Report on the working of the Ranchi Indian Mental Hospital, Kanke, in Bihar and Orissa - 1930-1940
Year: 1930
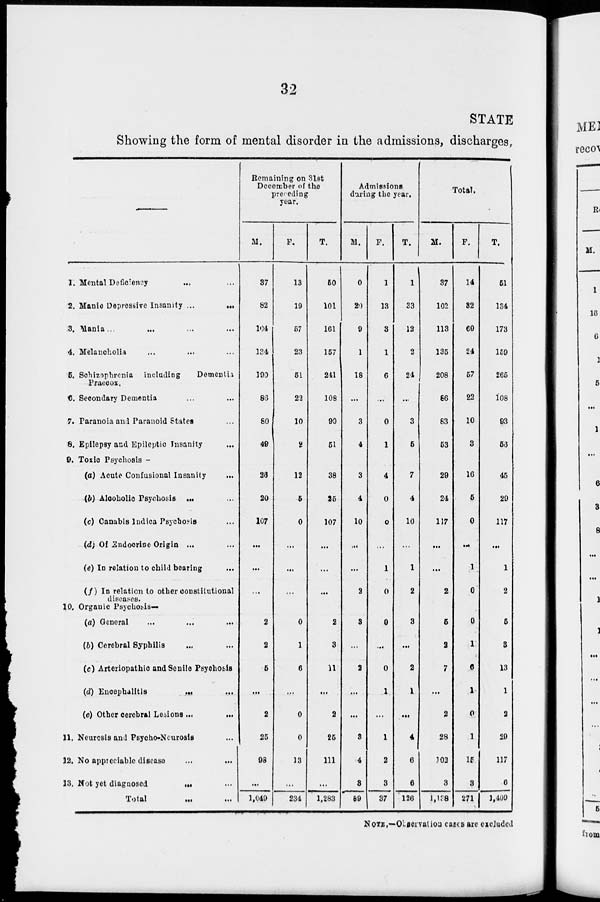
32
STATE
Showing the form of mental disorder in the admissions, discharges,
1. Mental Deficieney ... ...
2. Manie Depressive Insanity ...
...
3. Mania ... ... ... ...
4. Melancholia ... ... ...
5. Schizophrenia
including
Dementia
Præcox.
6. Secondary Dementia ... ...
7. Paranoia and Paranoid States ...
8. Epilepsy and Epileptic Insanity ...
9. Toxic Psychosis —
(a) Acute Confusional Insanity ...
(b) Alcoholic Psychosis ... ...
(c) Canabis Indica Psychosis ...
(d) Of Endocrine Origin ... ...
(e) In relation to child bearing ...
(f) In relation to other constitutional
diseases.
10. Organic Psychosis—
(a) General ... ... ...
(b) Cerebral Syphilis ... ...
(c) Arteriopathic and Senile Psychosis
(d) Encephalitis
...
...
(e) Other cerebral Lesions ... ...
11. Neurosis and Psycho-Neurosis ...
12. No appreciable disease ... ...
13. Not yet diagnosed
...
...
Total ... ...
Remaining on 31st
December of the
preceding
year.
M.
37
82
104
134
190
83
80
49
26
20
107
...
...
...
2
2
5
...
2
25
98
...
1,049
F.
13
19
57
23
51
22
10
2
12
5
0
...
...
...
0
1
6
...
0
0
13
...
234
T.
50
101
161
157
241
108
90
51
38
25
107
...
...
...
2
3
11
...
2
25
111
...
1,283
Admissions
during the year.
M.
0
20
9
1
18
...
3
4
3
4
10
...
...
2
3
...
2
...
...
3
4
3
89
F.
1
13
3
1
6
...
0
1
4
0
0
...
1
0
0
...
0
1
...
1
2
3
37
T.
1
33
12
2
24
...
3
5
7
4
10
...
1
2
3
...
2
1
...
4
6
6
126
Total.
M.
37
102
113
135
208
86
83
53
29
24
117
...
...
2
5
2
7
...
2
28
102
3
1,138
F.
14
32
60
24
57
22
10
3
16
5
0
...
1
0
0
1
6
1
0
1
15
3
271
T.
51
134
173
159
265
108
93
56
45
29
117
...
1
2
5
3
13
1
2
29
117
6
1,409
NOTE.—Observation cases are excluded